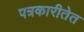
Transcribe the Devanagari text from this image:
पत्रकारीतेत